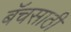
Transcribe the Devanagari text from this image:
बॅचसाठी